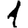
Digit: 1